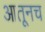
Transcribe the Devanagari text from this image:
आतूनच